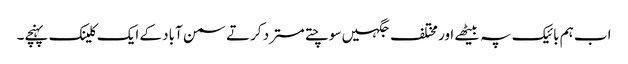
اب ہم بائیک پہ بیٹھے اور مختلف جگہیں سوچتے مسترد کرتے سمن آباد کے ایک کلینک پہنچے۔